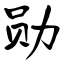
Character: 勋